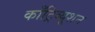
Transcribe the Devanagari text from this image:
काँट्रिब्यूशन